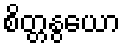
စိတ္တနွယော